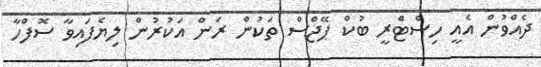
ދެއްވުން އެއީ ހިސްޓްެރީ ބުކް ޕޭޖްސް ތަކުން ރަން އަކުރުން ލިޔެފައިވާ ސޮފްހާ